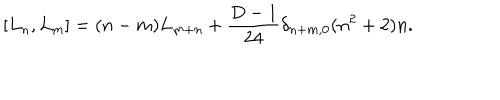
LaTeX: \lbrack L _ { n } , L _ { m } \rbrack = ( n - m ) L _ { m + n } + \frac { D - 1 } { 2 4 } \delta _ { n + m , 0 } ( n ^ { 2 } + 2 ) n .